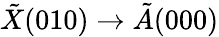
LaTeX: \tilde{X}(010)\rightarrow\tilde{A}(000)